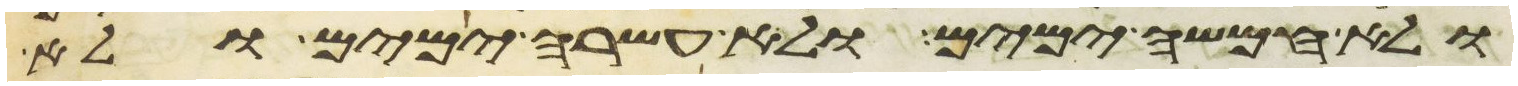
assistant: ולא חמשה ימים ולא עשרה ימים ולא